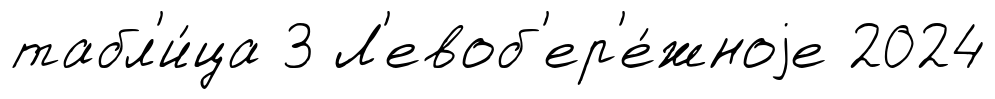
табл'и́ца 3 Л'евоб'ер'е́жноjе 2024